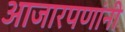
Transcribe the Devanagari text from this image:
आजारपणांनी